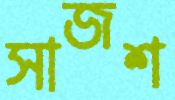
সাজশ